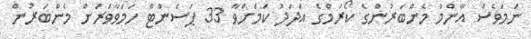
ނަމަވެސް އާންމު މެންބަރުންގެ ކޯރަމްގެ އަދަދު ކަމަށްވާ 33 ޕަސެންޓް ހަމަވާވަރަށް މެންބަރުން